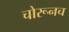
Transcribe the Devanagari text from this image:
चोरूनच